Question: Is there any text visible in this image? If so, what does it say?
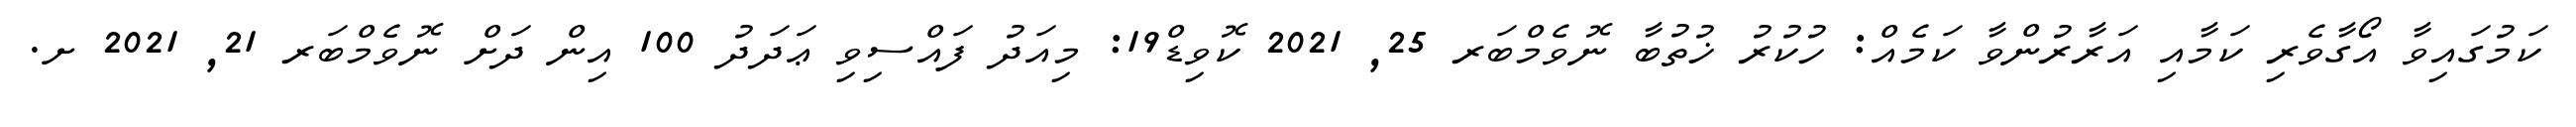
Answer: ކަމުގައިވާ އޯގާވެރި ކަމާއި އަރާރުންވާ ކަމެއް: ހުކުރު ޚުތުބާ ނޮވެމްބަރ 25, 2021 ކޮވިޑް19: މިއަދު ފައްސިވި ޢަދަދު 100 އިން ދަށް ނޮވެމްބަރ 21, 2021 ށ.